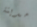
مدينة